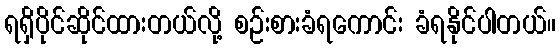
ရရှိပိုင်ဆိုင်ထားတယ်လို့ စဉ်းစားခံရကောင်း ခံရနိုင်ပါတယ်။